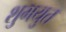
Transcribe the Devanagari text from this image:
शुभयुत